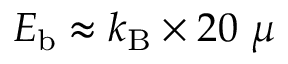
E _ { \mathrm { b } } \approx k _ { \mathrm { B } } \times 2 0 ~ \mu